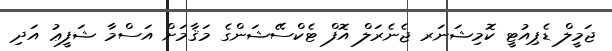
ޖަމީލް ޑެޕިއުޓީ ކޮމިޝަނަރ ޖެނެރަލް އޮފް ޓެކްސޭޝަންގެ މަޤާމަށް އަސްމާ ޝަފީޢު އަދި